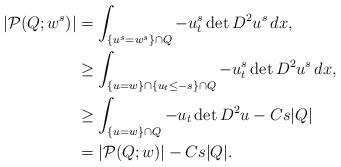
LaTeX: \begin{align*}|\mathcal{P}(Q; w^s)| &= \int_{\{ u^s = w^s \}\cap Q} - u^s_t \det D^2 u^s \,dx,\\&\geq \int_{\{ u = w \}\cap \left\{u_{t}\leq -s\right\}\cap Q} - u^s_t \det D^2 u^s \,dx,\\&\geq \int_{\{ u=w\}\cap Q}-u_{t}\det D^{2}u-Cs|Q|\\&=|\mathcal{P}(Q; w)|-Cs|Q|. \end{align*}